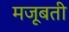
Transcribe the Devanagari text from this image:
मजूबती